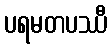
ပရမတပဿီ